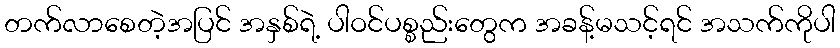
တက်လာစေတဲ့အပြင် အနှစ်ရဲ့ ပါဝင်ပစ္စည်းတွေက အခန့်မသင့်ရင် အသက်ကိုပါ